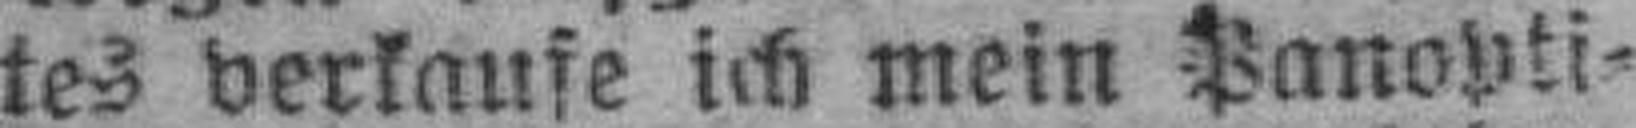
tes verkaufe ich mein Panopti¬